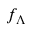
f _ { \Lambda }